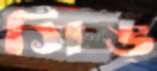
সিঙ্